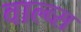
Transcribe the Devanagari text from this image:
वाल्व्स